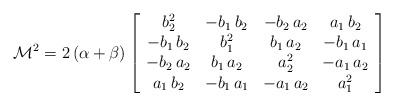
\begin{align*}\mathcal{M}^2=2\,(\alpha+\beta)\left[\begin{array}{cccc}b_2^2 & -b_1\, b_2 & -b_2\, a_2 & a_1\, b_2\\-b_1\,b_2 & b_1^2 & b_1\, a_2 & -b_1\, a_1\\-b_2\, a_2 & b_1\, a_2 & a_2^2 & -a_1\, a_2\\a_1\, b_2 & -b_1\, a_1 & -a_1\, a_2 & a_1^2\end{array}\right]\end{align*}